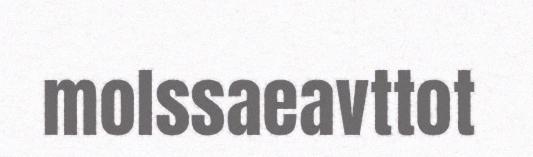
molssaeavttot